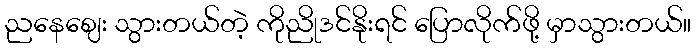
ညနေဈေး သွားတယ်တဲ့ ကိုညိုဒင်နိုးရင် ပြောလိုက်ဖို့ မှာသွားတယ်။